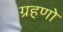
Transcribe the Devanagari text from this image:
ग्रहणो